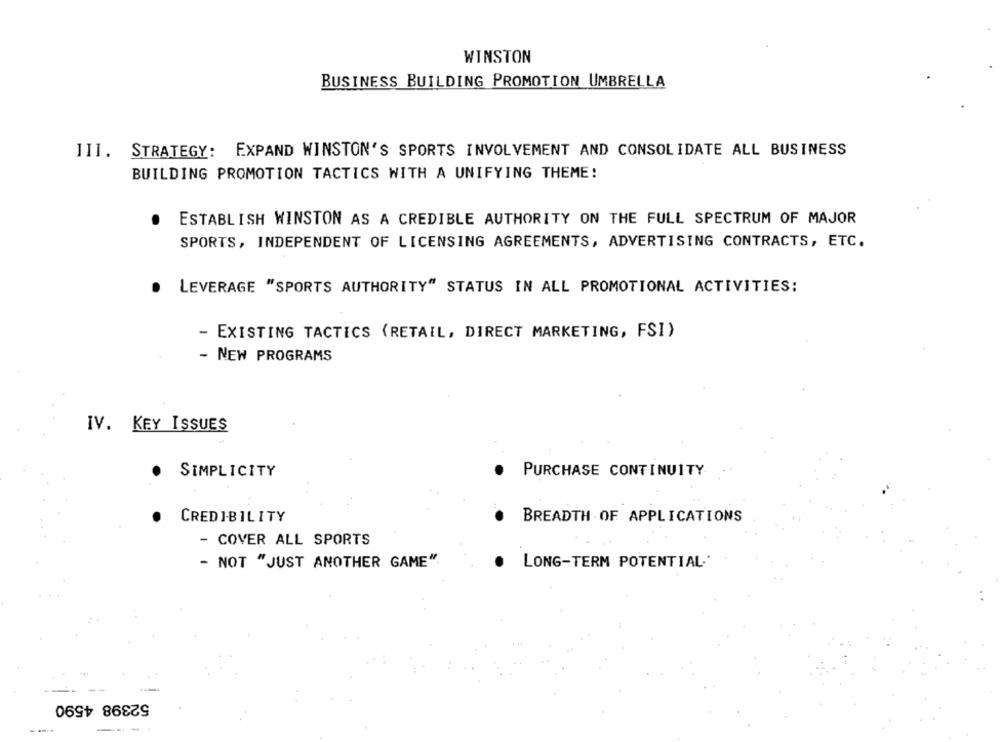
WINSTON
BUSINESS BUILDING PROMOTION UMBRELLA
III. STRATEGY: EXPAND WINSTON'S SPORTS INVOLVEMENT AND CONSOLIDATE ALL BUSINESS
BUILDING PROMOTION TACTICS WITH A UNIFYING THEME!
ESTABLISH WINSTON AS A CREDIBLE AUTHORITY ON THE FULL SPECTRUM OF MAJOR
SPORTS, INDEPENDENT OF LICENSING AGREEMENTS, ADVERTISING CONTRACTS, ETC.
LEVERAGE "SPORTS AUTHORITY" STATUS IN ALL PROMOTIONAL ACTIVITIES:
- EXISTING TACTICS (RETAIL, DIRECT MARKETING, FSI)
- NEW PROGRAMS
IV. KEY ISSUES
.
SIMPLICITY
PURCHASE CONTINUITY
.
CREDIBILITY
BREADTH OF APPLICATIONS
- COVER ALL SPORTS
- NOT "JUST ANOTHER GAME".
.
LONG-TERM POTENTIAL
52398 4590